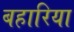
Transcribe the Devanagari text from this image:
बहारिया